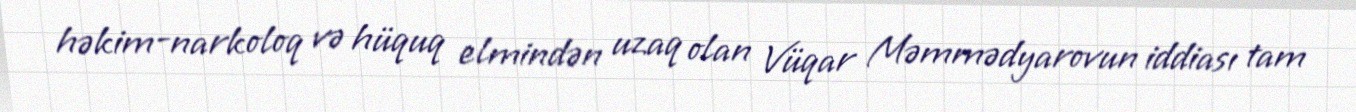
həkim-narkoloq və hüquq elmindən uzaq olan Vüqar Məmmədyarovun iddiası tam